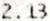
2.13